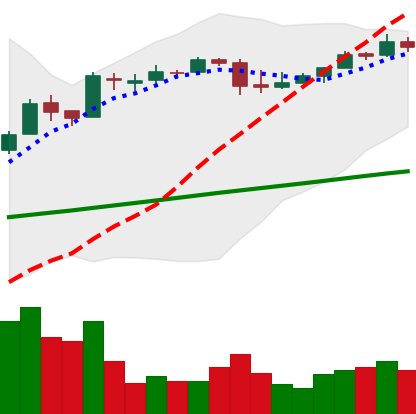
Ticker: BTC-USD
Chart end date: 2017-04-21
Forward return: 4.83%
Label: up_3_5